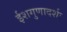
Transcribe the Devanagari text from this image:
ईशगुणादर्शः